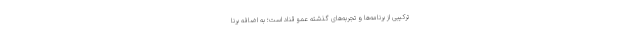
ترکیبی از برنامه‌ها و تجربه‌های گذشته عمو قناد است؛ به اضافه برنا